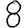
Digit: 8